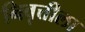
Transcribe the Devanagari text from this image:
निवृत्तीला